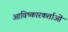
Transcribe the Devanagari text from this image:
आविष्कारकर्ताओं